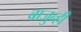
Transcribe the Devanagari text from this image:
बाजुन्ही